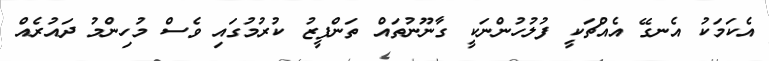
އެކަމަކު އެނގޭ އެއްޗަކީ ފުލުހުންނަކީ ގާނޫނުތައް ތަންފީޒު ކުރުމުގައި ވެސް މުހިންމު ދައުރެއް